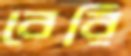
বেরি